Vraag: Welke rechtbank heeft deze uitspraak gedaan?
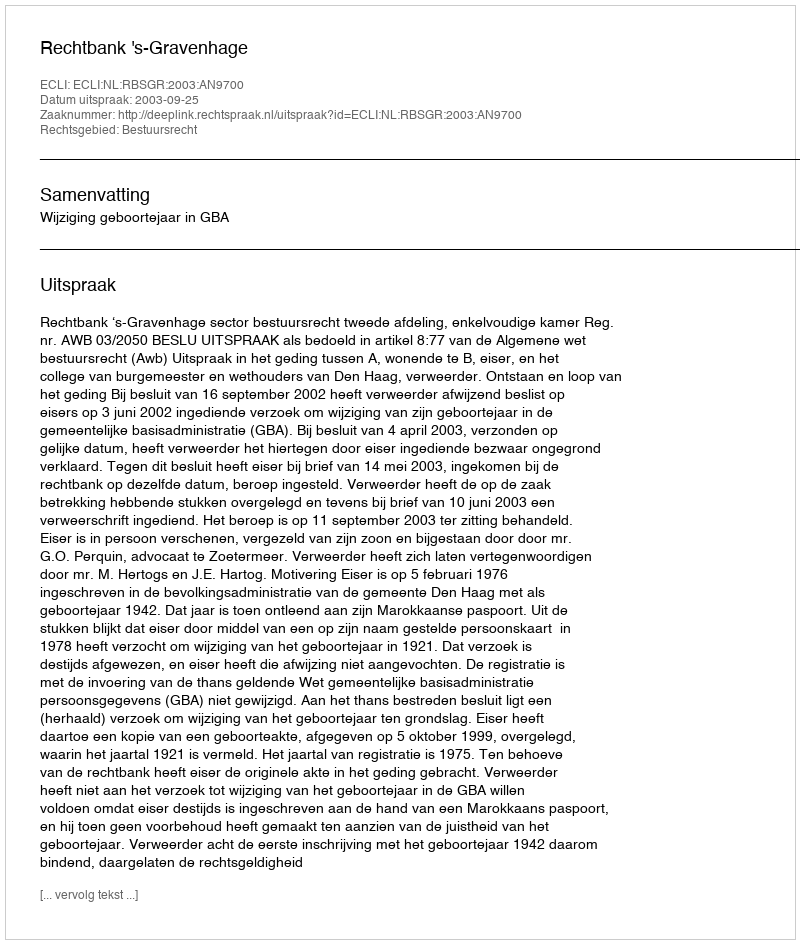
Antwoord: Rechtbank 's-Gravenhage